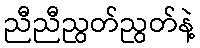
ညီညီညွတ်ညွတ်နဲ့